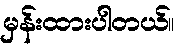
မှန်းထားပါတယ်။